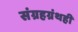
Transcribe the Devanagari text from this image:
संग्रहग्रंथही